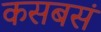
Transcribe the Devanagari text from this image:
कसबसं